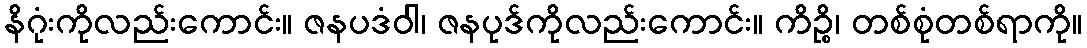
နိဂုံးကိုလည်းကောင်း။ ဇနပဒံဝါ၊ ဇနပုဒ်ကိုလည်းကောင်း။ ကိဉ္စိ၊ တစ်စုံတစ်ရာကို။